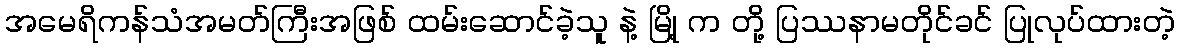
အမေရိကန်သံအမတ်ကြီးအဖြစ် ထမ်းဆောင်ခဲ့သူ နဲ့ မြို့ က တို့ ပြဿနာမတိုင်ခင် ပြုလုပ်ထားတဲ့